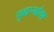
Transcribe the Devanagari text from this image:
पुढाऱ्यांचा